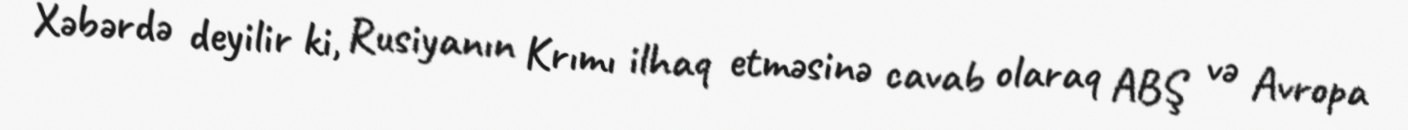
Xəbərdə deyilir ki, Rusiyanın Krımı ilhaq etməsinə cavab olaraq ABŞ və Avropa